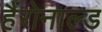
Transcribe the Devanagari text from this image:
हैंरोनाल्ड